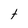
Character: t